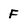
Character: F